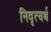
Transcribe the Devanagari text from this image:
निवृत्यर्थ